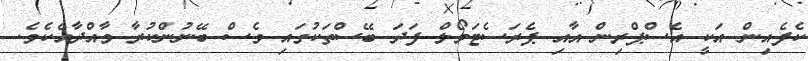
ކެފެއިން އަކީ އެސްޕްރިން އާއި ޕެރަސެޓަމޯލް ފަދަ ބޭސްތަކުގައި ވެސް ބޭނުންކުރާ މާއްދާއެކެވެ.